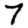
Digit: 7